Annual administration and progress report of the Indian Medical Department, Bombay
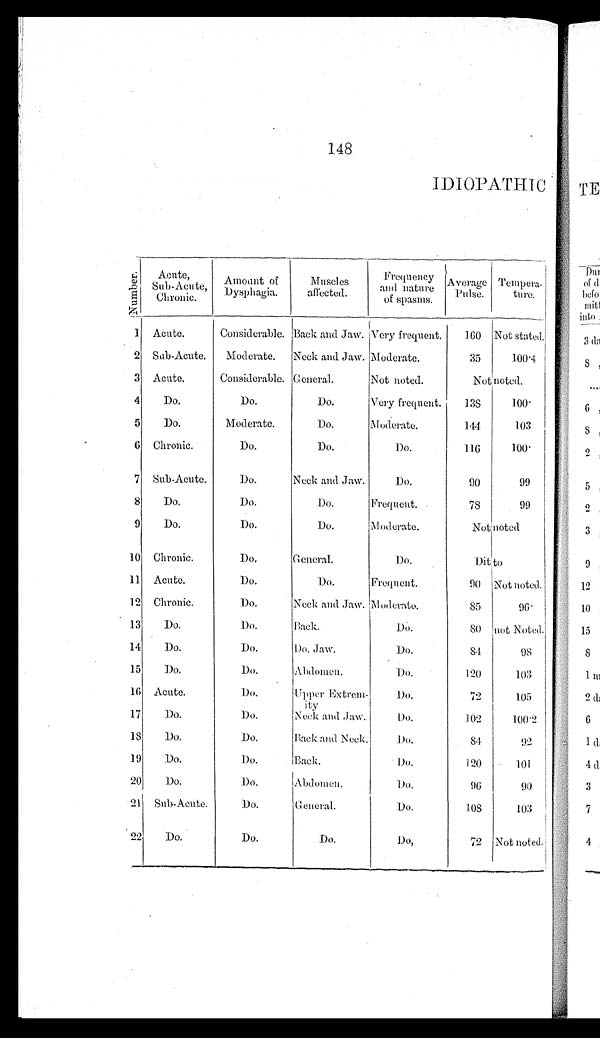
148
IDIOPATHIC
Nu mb e r . Acute,
Sub-Acute,
Chronic.
Amount of
Dysphagia.
Muscles
affected.
Frequency
and nature
of spasms.
Average
Pulse.
Tempera
ture.
1 Acute.
Considerable. Back and Jaw. Very frequent.
1 6 0
Not stated.
2 Sub-Acute. Moderate. Neck and Jaw. Moderate.
35
100.4
3 Acute.
Considerable. General.
Not noted.
Not noted.
4
Do.
Do.
Do.
Very frequent.
138
100
5
Do.
Moderate.
Do.
Moderate.
144
103
6 Chronic.
Do.
Do.
Do.
116
100
7 Sub-Acute.
Do.
Neck and Jaw.
Do.
90
99
8
Do.
Do.
Do.
F r e q u e n t .
78
99
9
Do.
Do.
Do.
Moderate.
Not noted
10 Chronic.
Do.
General.
Do.
Ditto
11 Acute.
Do.
Do.
Frequent.
90 Not noted.
12 Chronic.
Do.
Neck and Jaw. 'Moderate.
85
96
13
Do.
Do.
Back.
Do.
8 0
not Noted.
14
Do.
Do.
Do. Jaw.
Do.
84
98
15
Do.
Do.
Abdomen.
Do.
120
103
16 Acute.
Do.
Upper Extrem
ity
Do.
72
105
17
Do.
Do.
Neck and Jaw.
Do.
102
100.2
18
Do.
Do.
Back and Neck.
Do.
8 4
92
19
Do.
Do.
Back.
Do.
120
101
20
Do.
Do.
Abdomen.
Do.
96
90
21 Sub-Acute.
Do.
General.
Do.
108
103
22
Do.
Do.
Do.
D o .
72 Not noted.